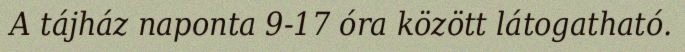
A tájház naponta 9-17 óra között látogatható.